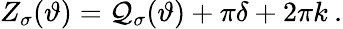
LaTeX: Z_{\sigma}(\vartheta)={\cal Q}_{\sigma}(\vartheta)+\pi\delta+2\pi k\: .